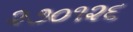
૨૭૦૧૨૬